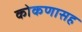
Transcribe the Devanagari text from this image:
कोकणासह